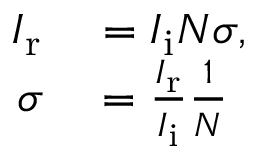
\begin{array} { r l } { I _ { \mathrm { r } } } & { { } = I _ { \mathrm { i } } N \sigma , } \\ { \sigma } & { { } = { \frac { I _ { \mathrm { r } } } { I _ { \mathrm { i } } } } { \frac { 1 } { N } } } \end{array}